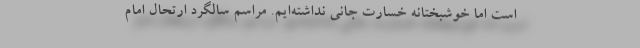
است اما خوشبختانه خسارت جانی نداشته‌ایم. مراسم سالگرد ارتحال امام